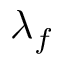
\lambda _ { f }